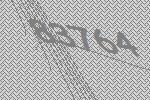
83764